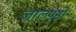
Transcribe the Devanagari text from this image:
जालपृष्ठों